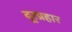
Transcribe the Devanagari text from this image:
दूरप्रहार